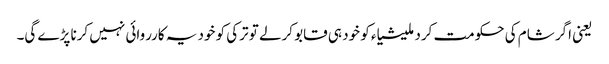
یعنی اگر شام کی حکومت کرد ملیشیاء کو خود ہی قابو کرلے تو ترکی کو خود یہ کارروائی نہیں کرنا پڑے گی۔